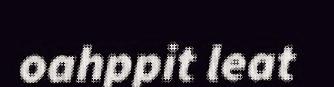
oahppit leat